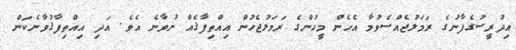
އިދުރީސުގެފާނުގެ ރަމަލުޖެއްސެވުމާ އެހެން މީހުންގެ ރަމަލުޖެހުން އިއްތިފާޤެއް ނުވާނެ އެވެ. އަދި އިއްތިފާޤުވާނެކަން